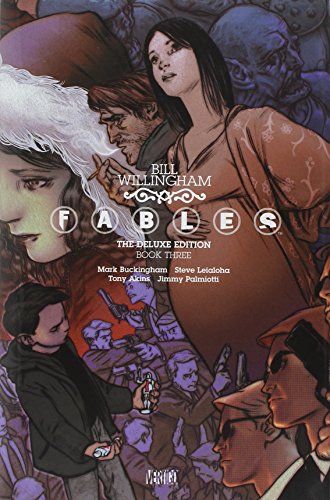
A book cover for Fables: The Deluxe Edition Book Three; Bill Willingham; Comics & Graphic Novels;